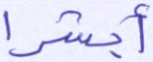
أبشرا